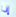
إذا